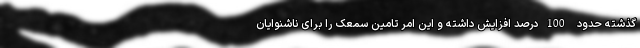
گذشته حدود 100درصد افزایش داشته و این امر تامین سمعک را برای ناشنوایان